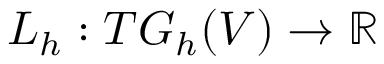
L _ { h } : T G _ { h } ( V ) \to \mathbb { R }